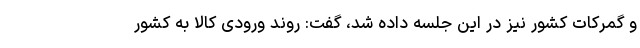
و گمرکات کشور نیز در این جلسه داده شد، گفت: روند ورودی کالا به کشور